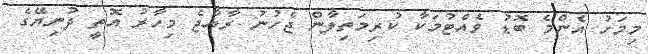
މިމަހު އެންމެ ބޮޑު ވެއްޓުމަކާ ކުރިމަތިލާން ޖެހުނު ރާއްޖެ މިހާރު އޮތީ ދުނިޔޭގެ